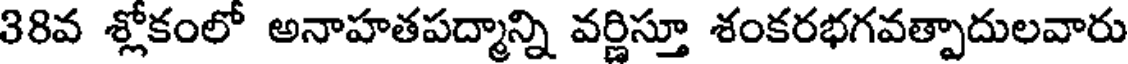
38వ శ్లోకంలో అనాహతపద్మాన్ని వర్ణిస్తూ శంకరభగవత్పాదులవారు